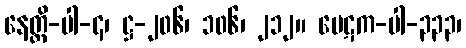
နေတ္ထိ-ပါ-၄၊ ဋ္ဌ-၂၀၆၊ ၁၀၆၊ ၂၁၂။ ပေဋက-ပါ-၃၃၃၊